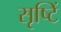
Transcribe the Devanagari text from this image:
सृष्टिं